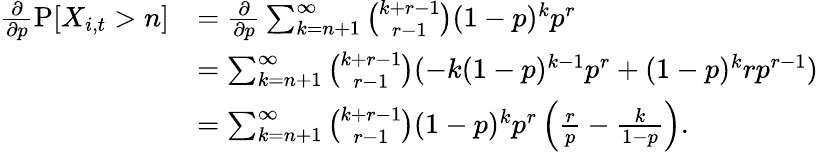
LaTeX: \begin{array}{rl}{\frac{\partial}{\partial p}\operatorname{P}[X_{i,t}>n]}&{=\frac{\partial}{\partial p}\sum_{k=n+1}^{\infty}\binom{k+r-1}{r-1}(1-p)^{k}p^{r}}\\ &{=\sum_{k=n+1}^{\infty}\binom{k+r-1}{r-1}(-k(1-p)^{k-1}p^{r}+(1-p)^{k}rp^{r-1})}\\ &{=\sum_{k=n+1}^{\infty}\binom{k+r-1}{r-1}(1-p)^{k}p^{r}\left(\frac{r}{p}-\frac{k}{1-p}\right).}\end{array}